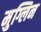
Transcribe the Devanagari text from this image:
मुग्लिन